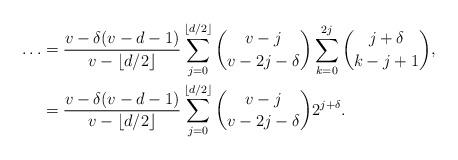
LaTeX: \begin{align*}\ldots&=\frac{v - \delta(v-d-1)}{v-\lfloor d/2 \rfloor}\sum_{j=0}^{\lfloor d/2 \rfloor}\binom{v-j}{v-2j-\delta}\sum_{k=0}^{2j}\binom{j+\delta}{k-j+1}, \\&=\frac{v - \delta(v-d-1)}{v-\lfloor d/2 \rfloor}\sum_{j=0}^{\lfloor d/2 \rfloor}\binom{v-j}{v-2j-\delta}2^{j+\delta}.\end{align*}